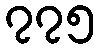
၇၇၅